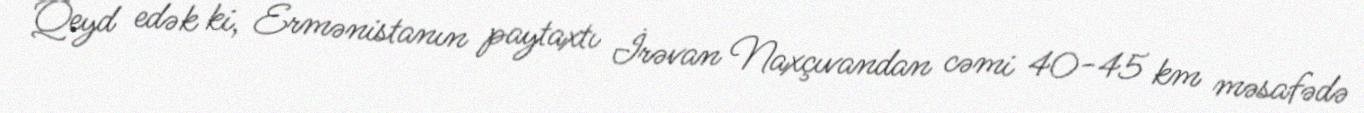
Qeyd edək ki, Ermənistanın paytaxtı İrəvan Naxçıvandan cəmi 40-45 km məsafədə